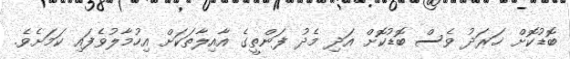
ބޮޑުކޮށް ޚަރަދު ވެސް ބޮޑުކޮށް އަދި މެދު ފަންތީގެ އާއިލާތަކަށް އިހުމާލުވެފައި ކަމަށެވެ.